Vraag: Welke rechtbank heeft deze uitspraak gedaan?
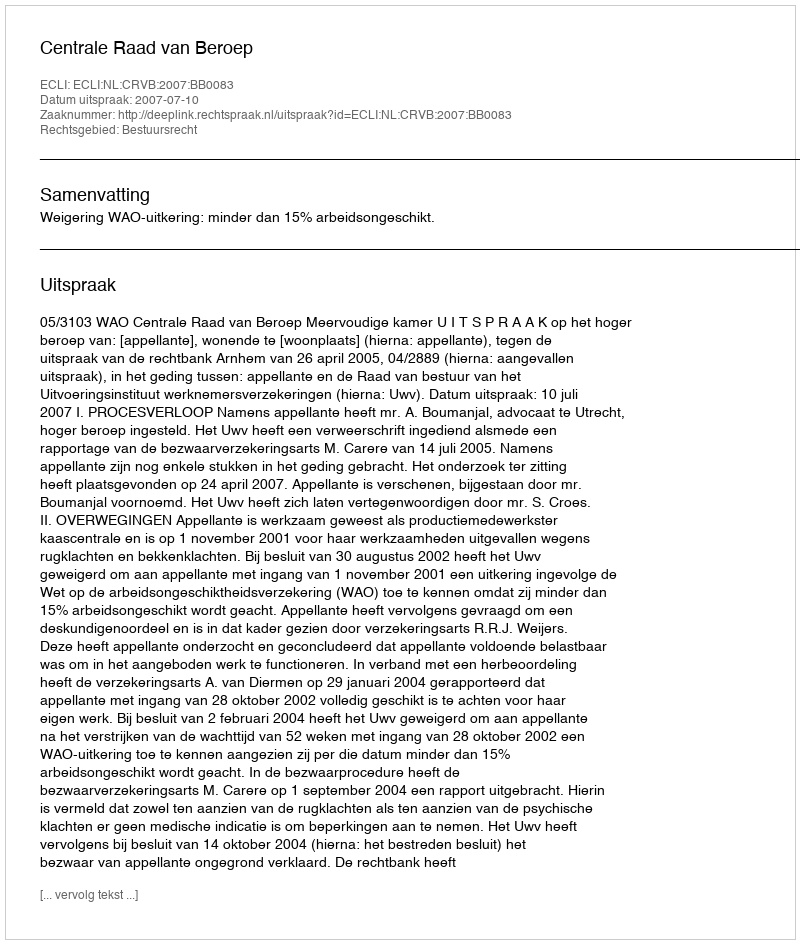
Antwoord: Centrale Raad van Beroep